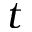
t